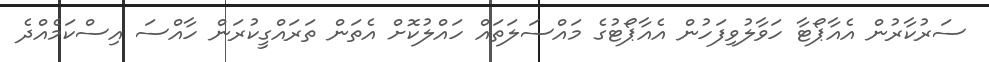
ސަރުކާރުން އެއާޕޯޓާ ހަވާލުވިފަހުން އެއާޕޯޓުގެ މައްސަލަތައް ހައްލުކޮށް އެތަން ތަރައްގީކުރަން ހާއްސަ އިސްކަމެއްދެ